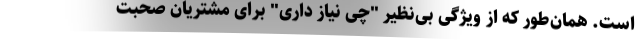
است. همان‌طور که از ویژگی بی‌نظیر "چی نیاز داری" برای مشتریان صحبت